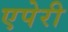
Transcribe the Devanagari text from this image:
एपेरी